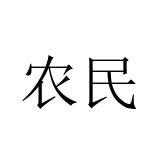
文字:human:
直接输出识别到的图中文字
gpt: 农民